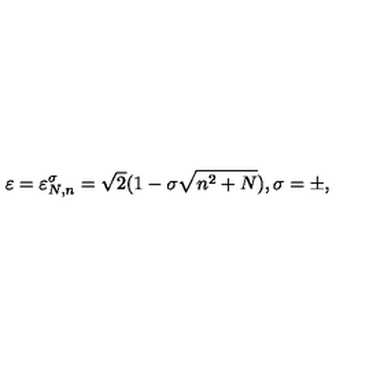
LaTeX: \varepsilon = \varepsilon _ { N , n } ^ { \sigma } = \sqrt { 2 } ( 1 - \sigma \sqrt { n ^ { 2 } + N } ) , \sigma = \pm ,